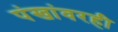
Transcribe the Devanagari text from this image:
पंखांवरही